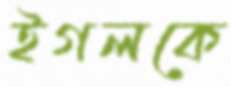
ইগলকে